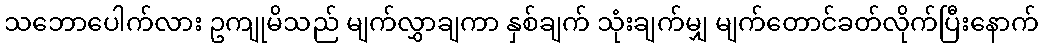
သဘောပေါက်လား ဥကျုမိသည် မျက်လွှာချကာ နှစ်ချက် သုံးချက်မျှ မျက်တောင်ခတ်လိုက်ပြီးနောက်